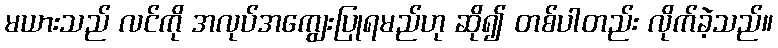
မယားသည် လင်ကို အလုပ်အကျွေးပြုရမည်ဟု ဆို၍ တစ်ပါတည်း လိုက်ခဲ့သည်။